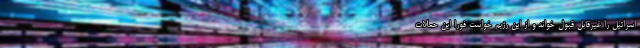
اسرائیل را غیرقابل قبول خواند و از این رژیم خواست فوراً این حملات